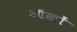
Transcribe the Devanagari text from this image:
ऑखों